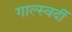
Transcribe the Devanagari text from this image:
गाल्स्वर्दी